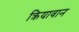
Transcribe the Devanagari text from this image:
क्रियावान